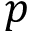
p